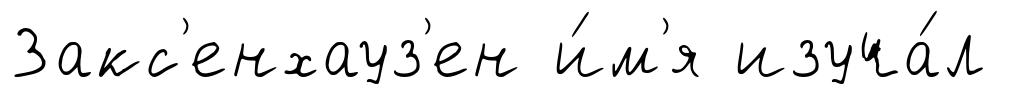
Закс'енхауз'ен и́м'я изуча́л